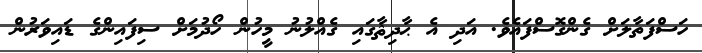
ހަސްފަތާލަށް ގެންގޮސްފައެވެ. އަދި އެ ޙާދިޘާގައި ގެއްލުނު މީހުން ހޯދުމަށް ސިފައިންގެ ޑައިވަރުން